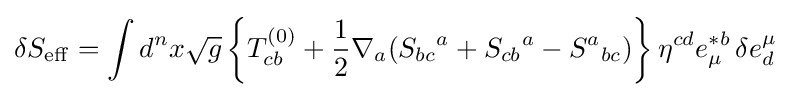
\delta S_{\rm {eff}}=\int d^{n}x{\sqrt {g}}\left\{T_{cb}^{(0)}+{\frac {1}{2}}\nabla _{a}({S_{bc}}^{a}+{S_{cb}}^{a}-{S^{a}}_{bc})\right\}\eta ^{cd}e_{\mu }^{*b}\,\delta e_{d}^{\mu }